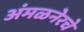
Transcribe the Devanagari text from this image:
अंमळनेरचे